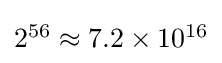
{\textstyle 2^{56}\approx 7.2\times 10^{16}}